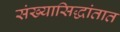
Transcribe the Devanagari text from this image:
संख्यासिद्धांतात